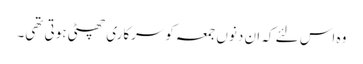
وہ اس لئے کہ ان دنوں جمعہ کوسرکاری چھٹی ہوتی تھی۔